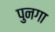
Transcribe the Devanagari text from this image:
पुनगा